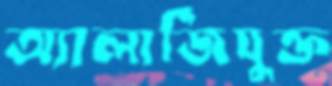
অ্যালার্জিযুক্ত